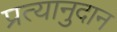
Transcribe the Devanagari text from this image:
प्रत्यानुदान